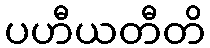
ပဟီယတီတိ